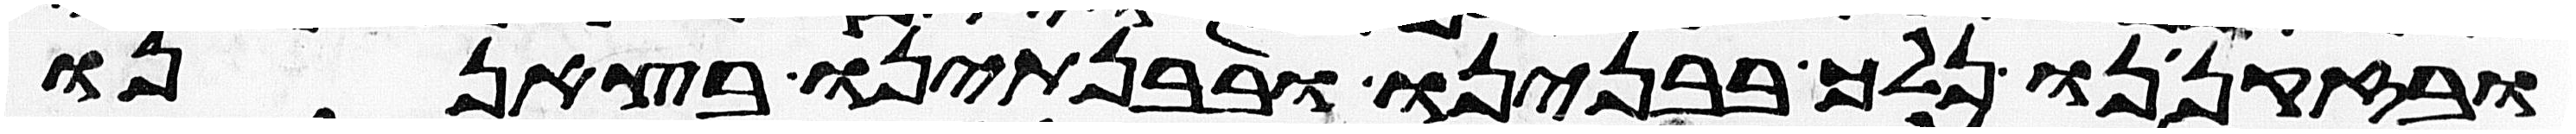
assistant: ובזקנינו נלך בבנינו ובבנתינו בצאננו